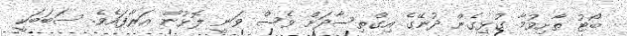
ބޯޓު ތާށިވުމާ ގުޅިގެން ދުނޭގެ އިގްތިސާދަށް ވެސް ވަނީ ލޮޅުން އަރާފައެވެ. ސަބަބަކީ